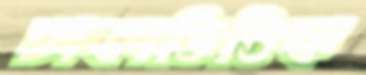
ঢাকাভিত্তিক